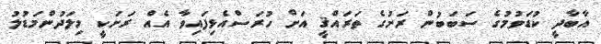
އާބާދީ ކުޑަވުމުގެ ސަބަބުން ރަށުގެ ތަރައްޤީ އަށް ހުރަސްއެޅިފައިވާ އެއް ރަށަކީ މިލަދުންމަޑުލު